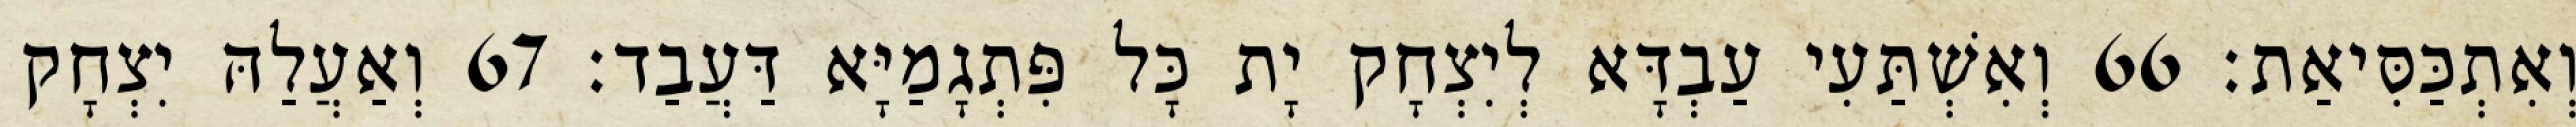
וְאִתְכַּסִּיאַת׃ 66 וְאִשְׁתַּעִי עַבְדָּא לְיִצְחָק יָת כָּל פִּתְגָמַיָּא דַּעֲבַד׃ 67 וְאַעֲלַהּ יִצְחָק